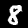
Digit: 8